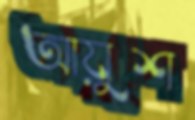
আয়ুশ